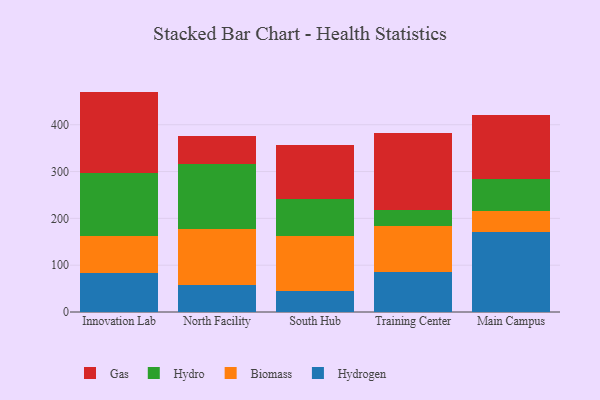
{"axis": {"x": "Campus", "y": "Humidity (%)"}, "legend": ["Biomass", "Gas", "Hydro", "Hydrogen"], "data": [{"x": "Innovation Lab", "y": 83.1, "type": "Hydrogen"}, {"x": "Innovation Lab", "y": 79.1, "type": "Biomass"}, {"x": "Innovation Lab", "y": 134.1, "type": "Hydro"}, {"x": "Innovation Lab", "y": 174.5, "type": "Gas"}, {"x": "North Facility", "y": 57.6, "type": "Hydrogen"}, {"x": "North Facility", "y": 118.7, "type": "Biomass"}, {"x": "North Facility", "y": 138.8, "type": "Hydro"}, {"x": "North Facility", "y": 61.6, "type": "Gas"}, {"x": "South Hub", "y": 45.8, "type": "Hydrogen"}, {"x": "South Hub", "y": 117.1, "type": "Biomass"}, {"x": "South Hub", "y": 78.2, "type": "Hydro"}, {"x": "South Hub", "y": 114.9, "type": "Gas"}, {"x": "Training Center", "y": 84.6, "type": "Hydrogen"}, {"x": "Training Center", "y": 99.4, "type": "Biomass"}, {"x": "Training Center", "y": 33.9, "type": "Hydro"}, {"x": "Training Center", "y": 164.0, "type": "Gas"}, {"x": "Main Campus", "y": 170.1, "type": "Hydrogen"}, {"x": "Main Campus", "y": 45.3, "type": "Biomass"}, {"x": "Main Campus", "y": 68.3, "type": "Hydro"}, {"x": "Main Campus", "y": 137.7, "type": "Gas"}]}